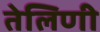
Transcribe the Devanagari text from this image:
तेलिणी